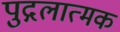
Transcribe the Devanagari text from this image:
पुद्गलात्मक